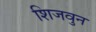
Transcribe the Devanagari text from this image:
शिजवुन